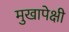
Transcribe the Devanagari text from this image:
मुखापेक्षी